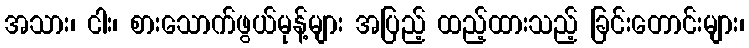
အသား၊ ငါး၊ စားသောက်ဖွယ်မုန့်များ အပြည့် ထည့်ထားသည့် ခြင်းတောင်းများ၊